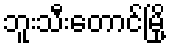
ဘူးသီးတောင်မြို့